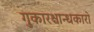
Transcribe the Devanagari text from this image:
गुकारश्चान्धकारो